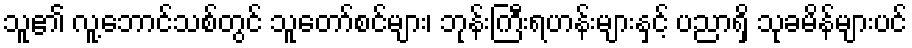
သူ၏ လူ့ဘောင်သစ်တွင် သူတော်စင်များ၊ ဘုန်းကြီးရဟန်းများနှင့် ပညာရှိ သုခမိန်များပင်